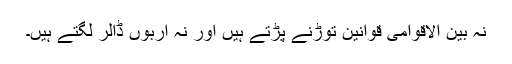
نہ بین الاقوامی قوانین توڑنے پڑتے ہیں اور نہ اربوں ڈالر لگتے ہیں۔